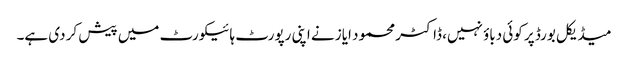
میڈیکل بورڈ پر کوئی دباؤ نہیں، ڈاکٹر محمود ایاز نے اپنی رپورٹ ہائیکورٹ میں پیش کر دی ہے۔